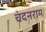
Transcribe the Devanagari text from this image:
चंदनराम